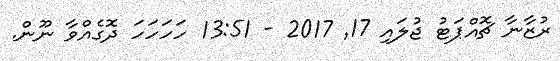
ރުޒާނާ ޗޮއްޕަޓު ޖުލައި 17